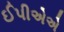
ઈપીએએ